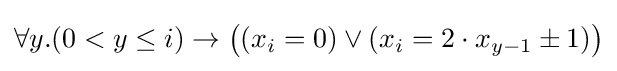
\forall y.(0<y\leq i)\to {\big (}(x_{i}=0)\lor (x_{i}=2\cdot x_{y-1}\pm 1){\big )}